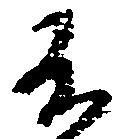
不